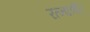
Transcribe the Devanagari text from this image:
रत्नाश्री।